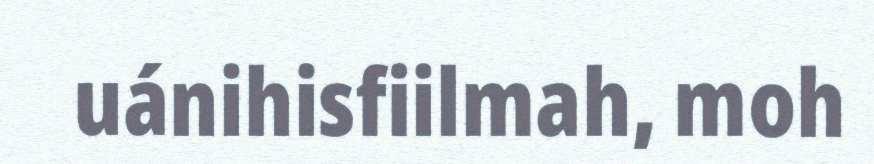
uánihisfiilmah, moh